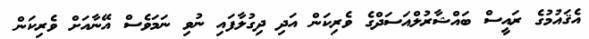
އެޤައުމުގެ ރައީސް ބައްޝާރުލްއަސަދްގެ ވެރިކަން އަދި ދިގުލާފައި ނުވި ނަމަވެސް އޭނާއަށް ވެރިކަން